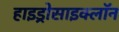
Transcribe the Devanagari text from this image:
हाइड्रोसाइक्लॉन